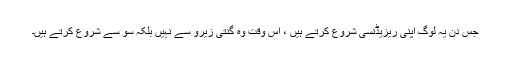
جس دن یہ لوگ اپنی ریزیڈنسی شروع کرتے ہیں ، اس وقت وہ گنتی زیرو سے نہیں بلکہ سو سے شروع کرتے ہیں۔